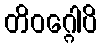
တိဝဂ္ဂေါပိ